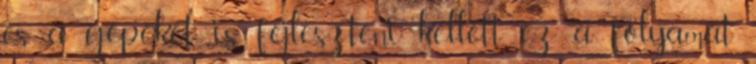
és a gépeket is fejleszteni kellett, ez a folyamat